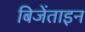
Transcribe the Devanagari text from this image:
बिजेंताइन